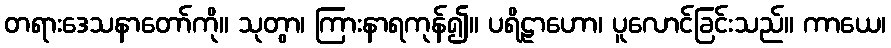
တရားဒေသနာတော်ကို။ သုတွာ၊ ကြားနာရကုန်၍။ ပရိဠာဟော၊ ပူလောင်ခြင်းသည်။ ကာယေ၊